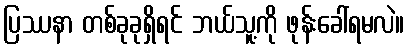
ပြဿနာ တစ်ခုခုရှိရင် ဘယ်သူ့ကို ဖုန်းခေါ်ရမလဲ။